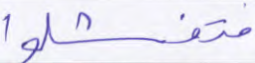
فتفشلوا